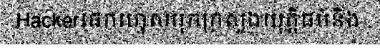
Hackerផេកហ្វេសបុកក្រសួងយុត្តិធម៌និង